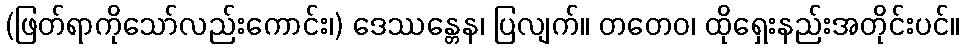
(ဖြတ်ရာကိုသော်လည်းကောင်း၊) ဒေဿန္တေန၊ ပြလျက်။ တတေဝ၊ ထိုရှေးနည်းအတိုင်းပင်။